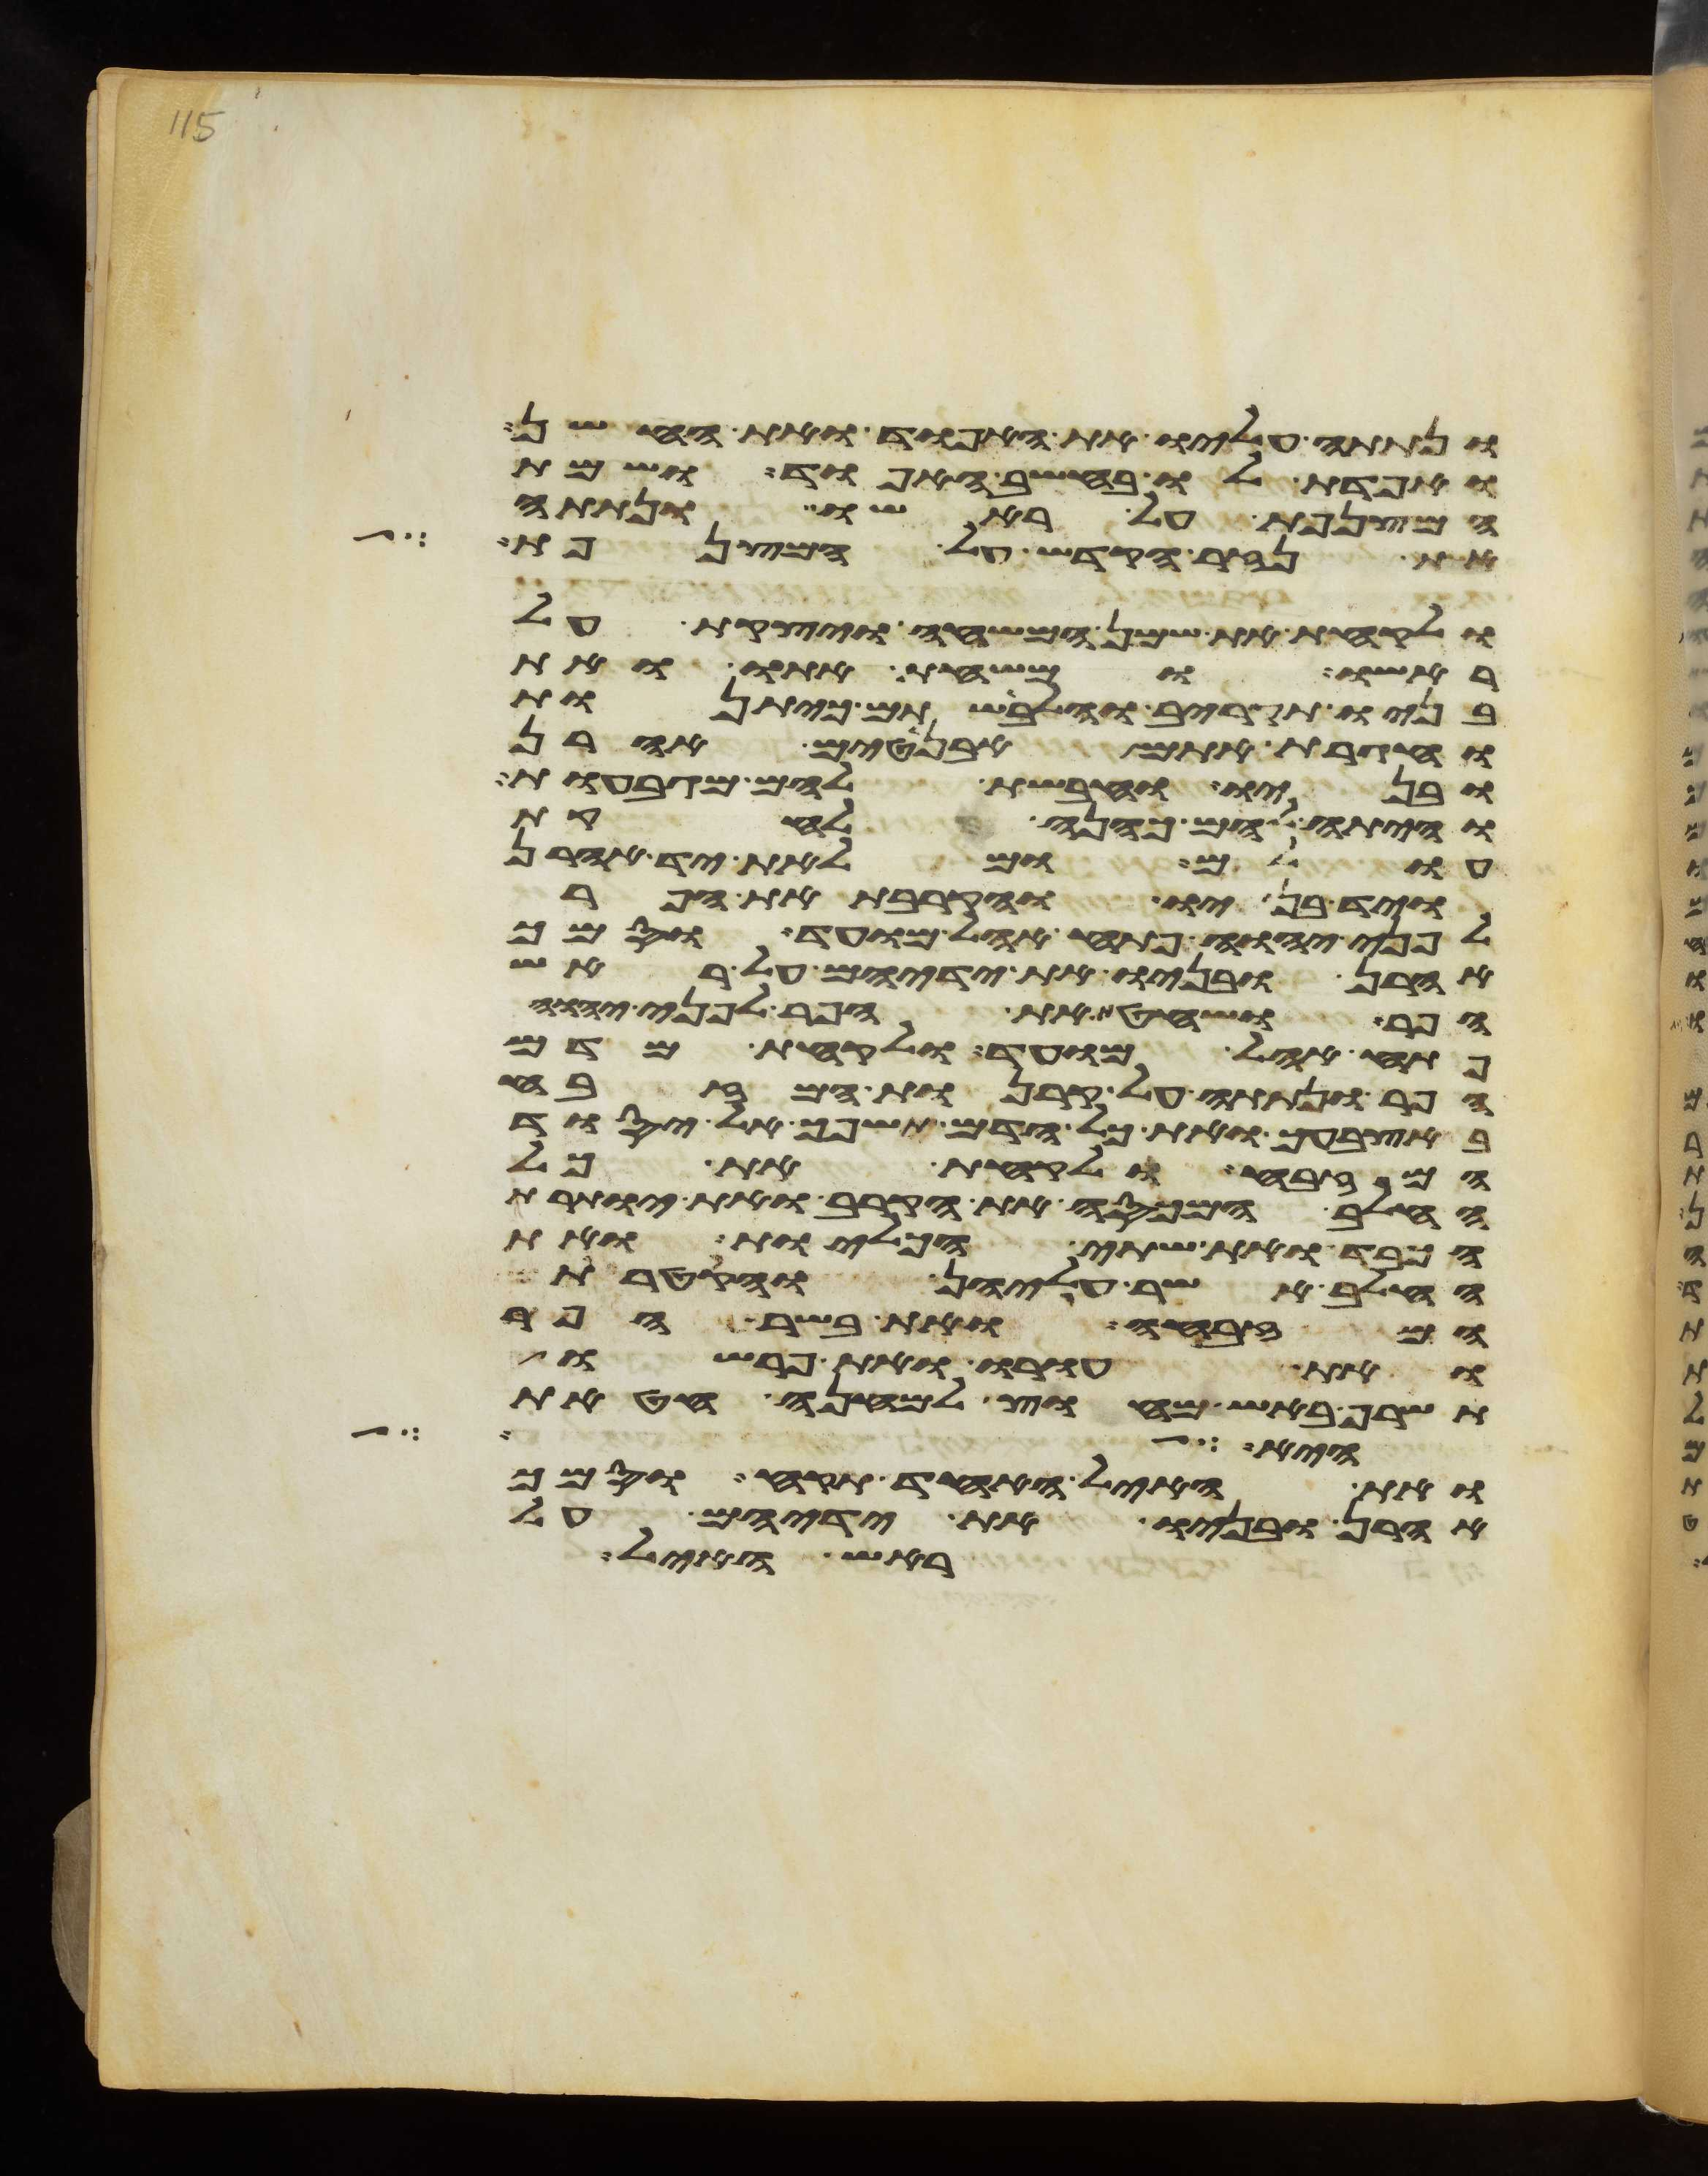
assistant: ונתתה עליו את האפוד ואת החשן
ואפדת לו בחשב האפוד ושמת
המצנפת על ראשו ונתתה
את נזר הקדש על המצנפת
ולקחת את שמן המשחה ויצקת על
ראשו ומשחת אתו ואת
בניו תקריב והלבשתם כיתנות
וחגרת אתם אבניטים אהרן
ובניו וחבשת להם מגבעות
והיתה להם כהנה לחקת
עולם ומלאת יד אהרן
ויד בניו והקרבת את הפר
לפני יהוה פתח אהל מועד וסמך
אהרן ובניו את ידיהם על ראש
הפר ושחט את הפר לפני יהוה
פתח אהל מועד ולקחת מדם
הפר ונתתה על קרנות המזבח
באצבעך ואת כל הדם תשפך אל יסוד
המזבח ולקחת את כל
החלב המכסה את הקרב ואת יותרת
הכבד ואת שתי הכליות ואת
החלב אשר עליהן והקטרת
המזבחה ואת בשר הפר
ואת עורו ואת פרשו
תשרף באש מחוץ למחנה חטאת
והביא על
ואת האיל האחד תקח וסמך
אהרן ובניו את ידיהם על
ראש האיל